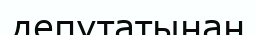
депутатынан